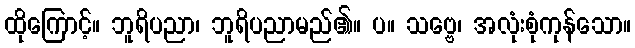
ထိုကြောင့်။ ဘူရိပညာ၊ ဘူရိပညာမည်၏။ ပ။ သဗ္ဗေ၊ အလုံးစုံကုန်သော။